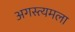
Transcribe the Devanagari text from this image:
अगस्त्यमला